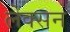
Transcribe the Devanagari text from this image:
लेक्सन